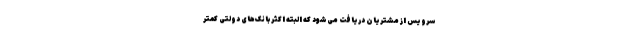
سرویس از مشتریان دریافت می‌شود که البته اکثر بانک‌های دولتی ‌کمتر